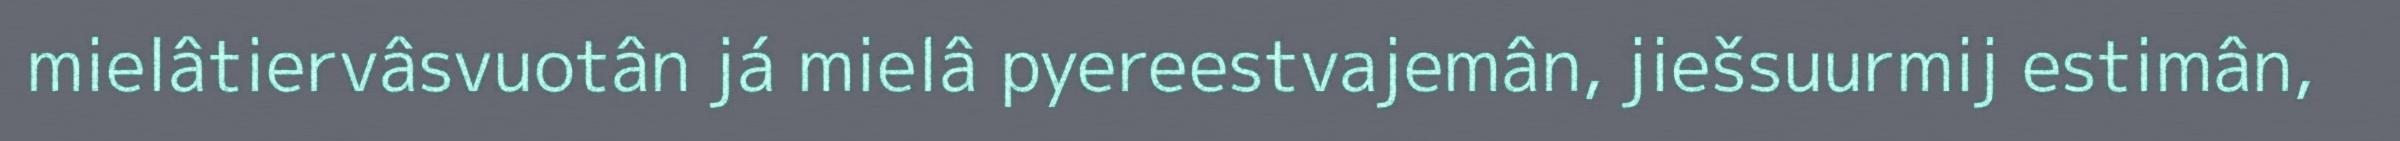
mielâtiervâsvuotân já mielâ pyereestvajemân, jiešsuurmij estimân,